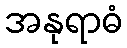
အနုရာဓံ